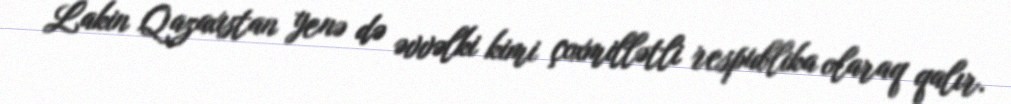
Lakin Qazaxıstan yenə də əvvəlki kimi çoxmillətli respublika olaraq qalır.